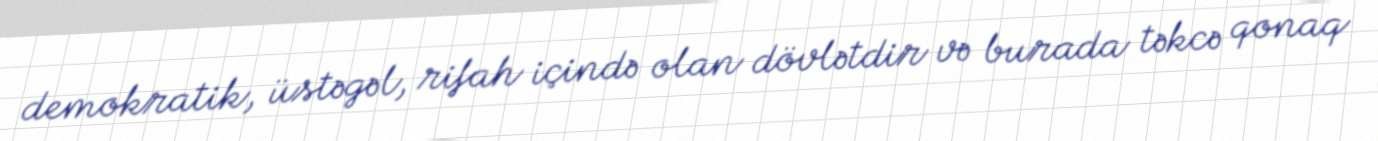
demokratik, üstəgəl, rifah içində olan dövlətdir və burada təkcə qonaq